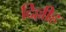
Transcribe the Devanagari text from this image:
दिल्लीह